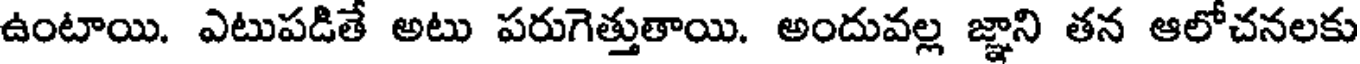
ఉంటాయి. ఎటుపడితే అటు పరుగెత్తుతాయి. అందువల్ల జ్ఞాని తన ఆలోచనలకు